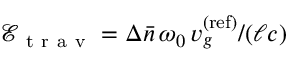
\mathcal { E } _ { \mathrm { ~ t ~ r ~ a ~ v ~ } } = \Delta \bar { n } \, \omega _ { 0 } \, v _ { g } ^ { \mathrm { ( r e f ) } } / ( \ell c )